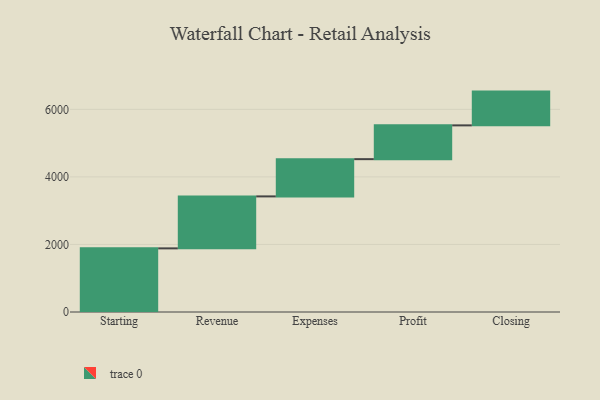
{"axis": {"x": "Step", "y": "Value"}, "legend": [""], "data": [{"x": "Starting", "y": 1884.0, "type": ""}, {"x": "Revenue", "y": 1539.0, "type": ""}, {"x": "Expenses", "y": 1103.0, "type": ""}, {"x": "Profit", "y": 1000, "type": ""}, {"x": "Closing", "y": 1000, "type": ""}]}